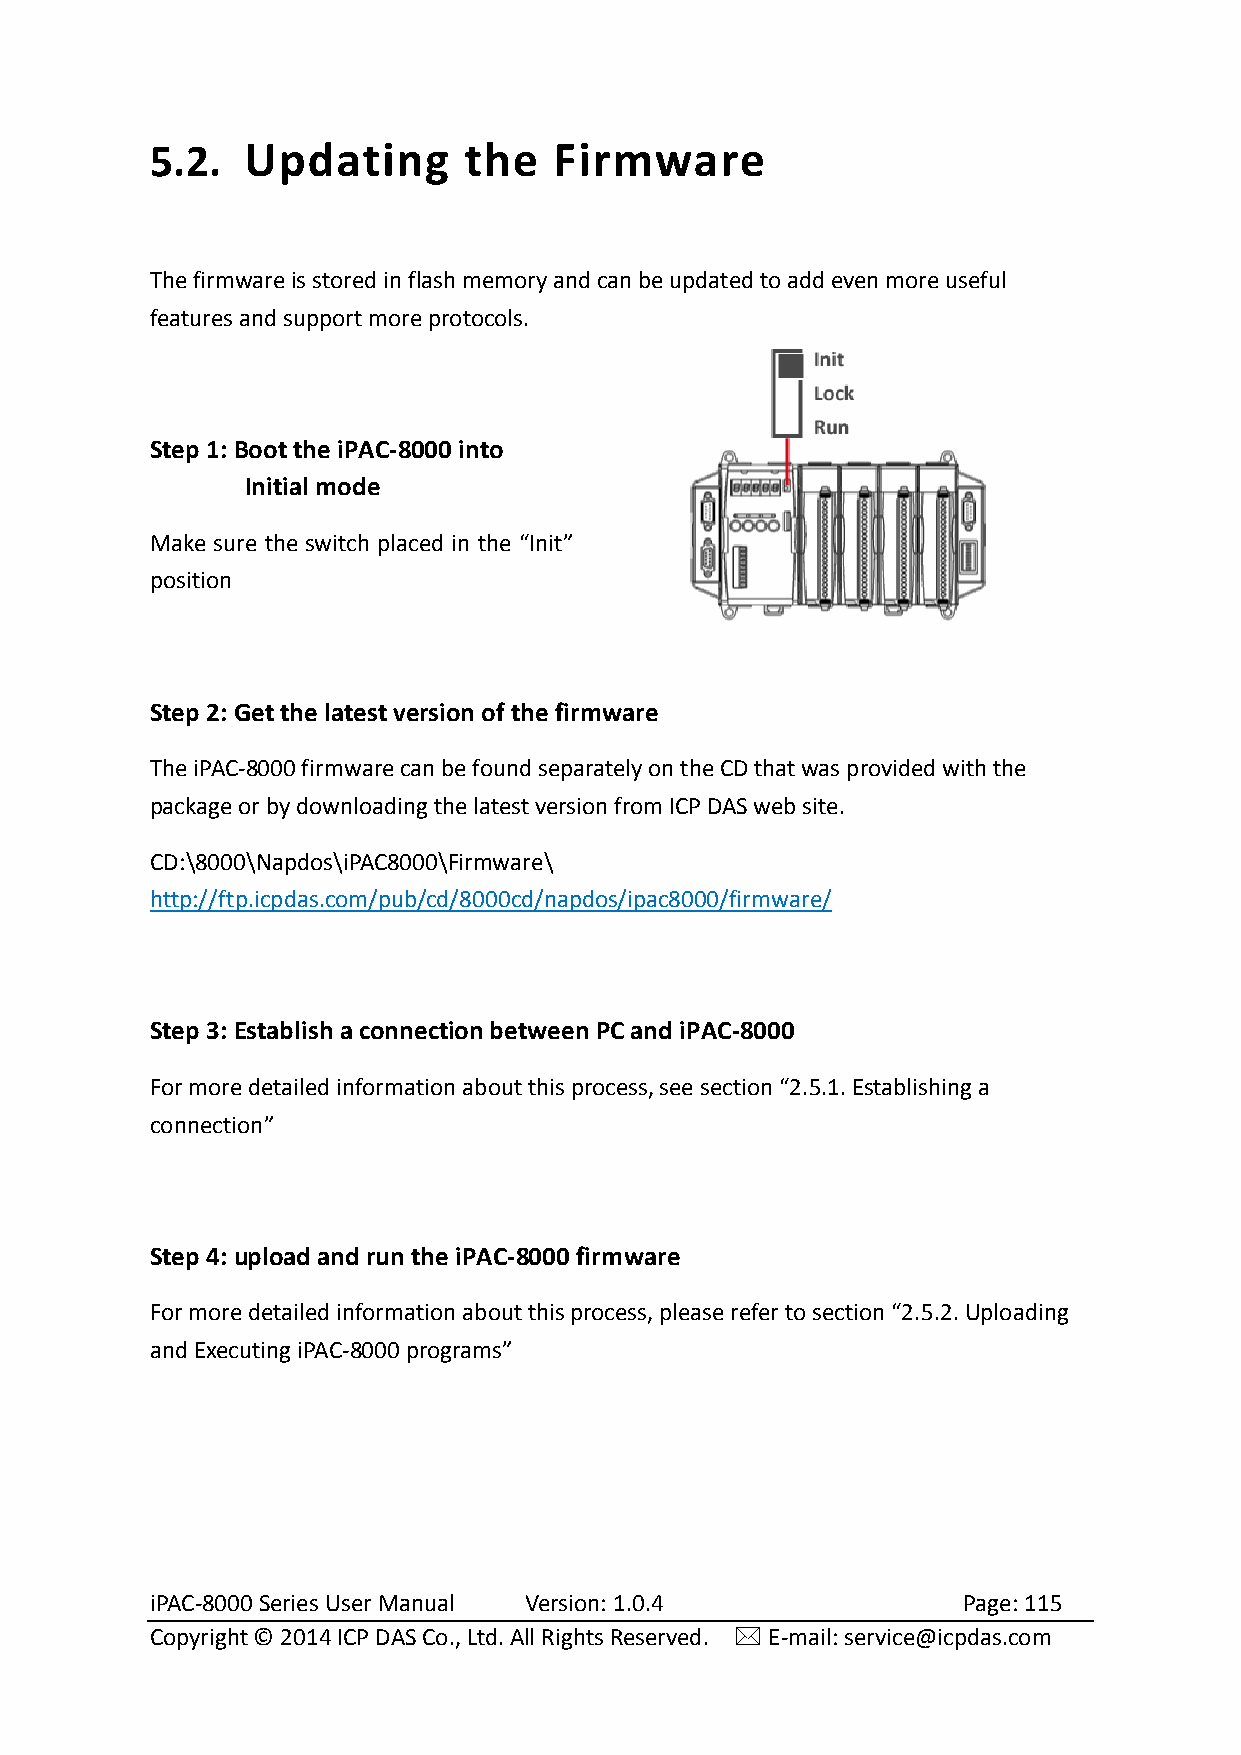
5.2.  Updating       the   Firmware
 The firmware is stored in flash memory and can be updated to add even more useful
 features and support more protocols.
 Step 1: Boot the iPAC-8000 into
 Initial mode
 Make sure the switch placed in the “Init”
 position
 Step 2: Get the latest version of the firmware
 The iPAC-8000 firmware can be found separately on the CD that was provided with the
 package or by downloading the latest version from ICP DAS web site.
 CD:\8000\Napdos\iPAC8000\Firmware\
 http://ftp.icpdas.com/pub/cd/8000cd/napdos/ipac8000/firmware/
 Step 3: Establish a connection between PC and iPAC-8000
 For more detailed information about this process, see section “2.5.1. Establishing a
 connection”
 Step 4: upload and run the iPAC-8000 firmware
 For more detailed information about this process, please refer to section “2.5.2. Uploading
 and Executing iPAC-8000 programs”
 iPAC-8000 Series User Manual Version: 1.0.4           Page: 115
 Copyright © 2014 ICP DAS Co., Ltd. All Rights Reserved.  E-mail: service@icpdas.com